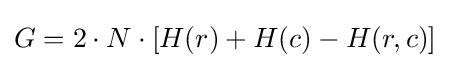
G=2\cdot N\cdot \left[H(r)+H(c)-H(r,c)\right]